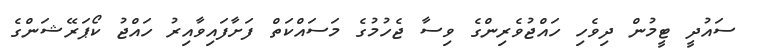
ސައުދީ ޓީމުން ދިވެހި ހައްޖުވެރިންގެ ވިސާ ޖެހުމުގެ މަސައްކަތް ފަށާފައިވާއިރު ހައްޖު ކޯޕަރޭޝަންގެ